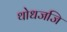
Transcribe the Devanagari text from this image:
थोधजजि